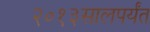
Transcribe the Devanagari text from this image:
२०१३सालपर्यंत